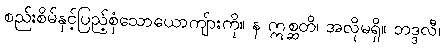
စည်းစိမ်နှင့်ပြည့်စုံသောယောကျ်ားကို။ န ဣစ္ဆတိ၊ အလိုမရှိ။ ဘဒ္ဒလီ၊